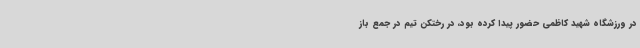
در ورزشگاه شهید کاظمی حضور پیدا کرده بود، در رختکن تیم در جمع باز